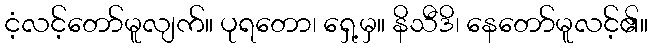
ငံ့လင့်တော်မူလျက်။ ပုရတော၊ ရှေ့မှ။ နိသီဒိ၊ နေတော်မူလင့်၏။